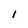
Character: l